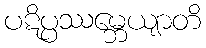
ပဋိပ္ပဿမ္ဘေယျာတိ